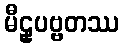
မီဠှပဗ္ဗတဿ